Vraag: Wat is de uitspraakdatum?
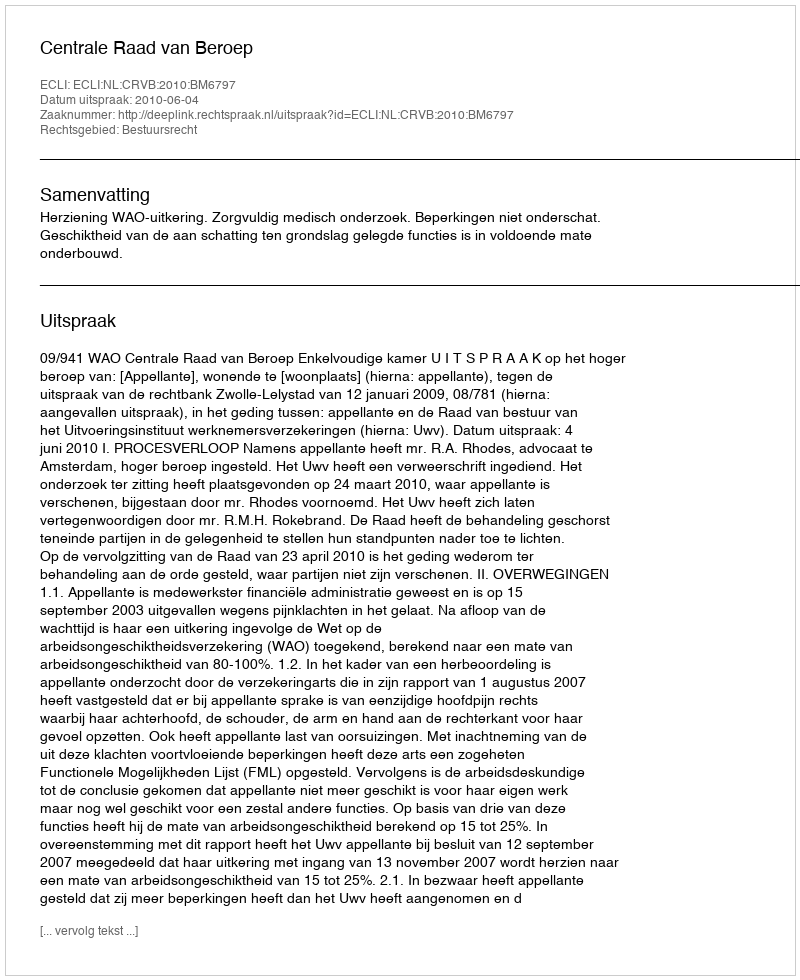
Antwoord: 2010-06-04